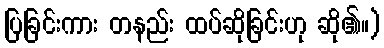
ပြခြင်းကား တနည်း ထပ်ဆိုခြင်းဟု ဆို၏။)